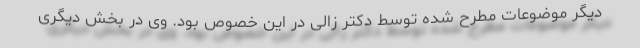
دیگر موضوعات مطرح شده توسط دکتر زالی در این خصوص بود. وی در بخش دیگری